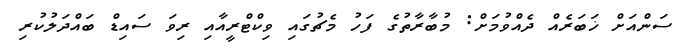
ސަންއަށް ޚަބަރެއް ދެއްވުމަށް: މުބާރާތުގެ ފަހު މެޗުގައި ވިކްޓްރީއާއި ރިވަ ސައިޑް ބައްދަލުކުރި